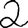
Digit: 2